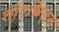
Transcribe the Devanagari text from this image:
शोएस्त्रिङ्स्